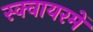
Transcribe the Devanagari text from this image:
स्क्वायरमें